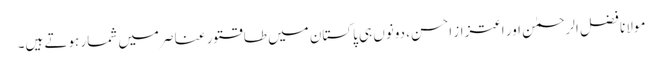
مولانا فضل الرحمٰن اور اعتزاز احسن، دونوں ہی پاکستان میں طاقتور عناصر میں شمار ہوتے ہیں۔